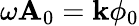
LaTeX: \omega\mathbf{A}_{0}=\mathbf{k}\phi_{0}